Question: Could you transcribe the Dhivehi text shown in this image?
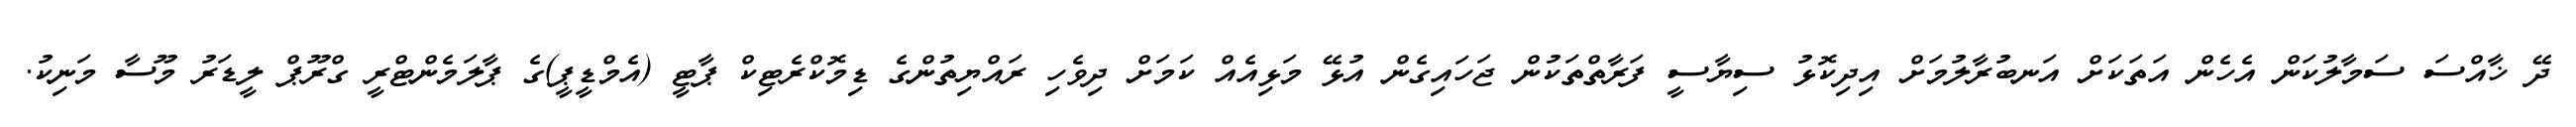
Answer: ދޭ ޚާއްސަ ސަމާލުކަން އެހެން އަތަކަށް އަނބުރާލުމަށް އިދިކޮޅު ސިޔާސީ ފަރާތްތަކުން ޖަހައިގެން އުޅޭ މަޅިއެއް ކަމަށް ދިވެހި ރައްޔިތުންގެ ޑިމޮކްރެޓިކް ޕާޓީ (އެމްޑީޕީ)ގެ ޕާލަމެންޓްރީ ގްރޫޕް ލީޑަރު މޫސާ މަނިކު.